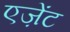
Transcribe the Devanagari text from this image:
एज़ेंट